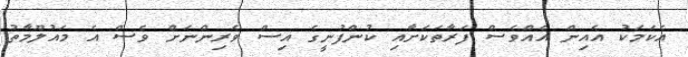
އެކަމަކު އެއިން އެއްވެސް ފަރާތަކަށާއި ކުންފުނީގެ އިސް ވެރިންނަށް ވެސް އެ މައުލޫމާތު